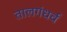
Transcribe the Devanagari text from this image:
तालगंधर्व